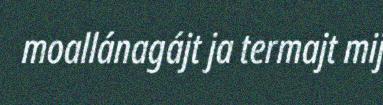
moallánagájt ja termajt mij